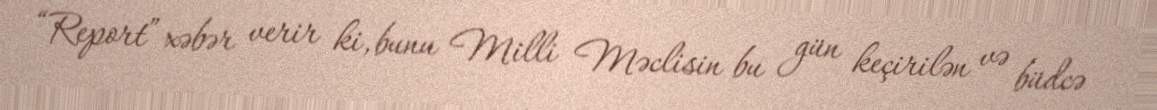
“Report” xəbər verir ki, bunu Milli Məclisin bu gün keçirilən və büdcə